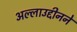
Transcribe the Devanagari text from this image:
अल्लाउद्दीनने